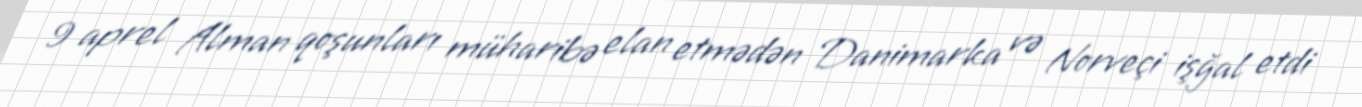
9 aprel Alman qoşunları müharibə elan etmədən Danimarka və Norveçi işğal etdi